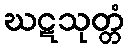
ဃဋသုတ္တံ